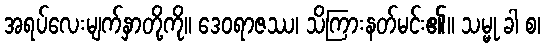
အရပ်လေးမျက်နှာတို့ကို။ ဒေဝရာဇဿ၊ သိကြားနတ်မင်း၏။ သမ္မု ခါ စ၊